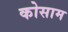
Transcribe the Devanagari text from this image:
कोसाम